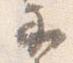
示